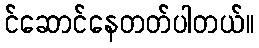
င်ဆောင်နေတတ်ပါတယ်။